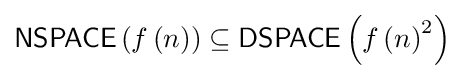
{\mathsf {NSPACE}}\left(f\left(n\right)\right)\subseteq {\mathsf {DSPACE}}\left(f\left(n\right)^{2}\right)